Notes on vaccination in the North-West Frontier Province 1923-1928 - 1923-1928
Year: 1923
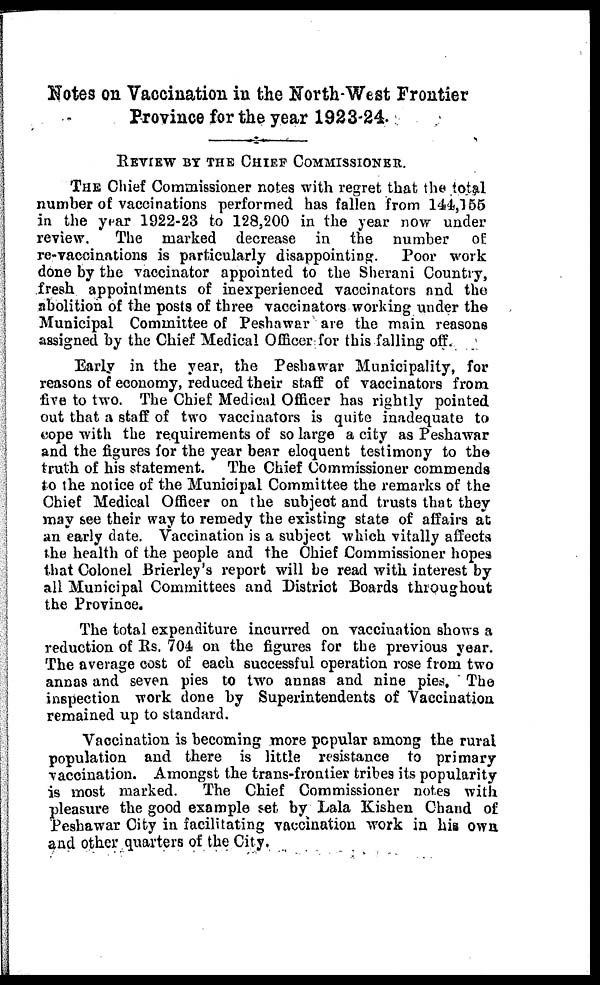
Notes on Vaccination in the North-West Frontier
Province for the year 1923-24.
REVIEW BY THE CHIEF COMMISSIONER.
THE Chief Commissioner notes with regret that the total
number of vaccinations performed has fallen from 144,155
in the year 1922-23 to 128,200 in the year now under
review.
The marked decrease in the number of
re-vaccinations is particularly disappointing. Poor work
done by the vaccinator appointed to the Sherani Country,
fresh appointments of inexperienced vaccinators and the
abolition of the posts of three vaccinators working under the
Municipal Committee of Peshawar are the main reasons
assigned by the Chief Medical Officer for this falling off.
Early in the year, the Peshawar Municipality, for
reasons of economy, reduced their staff of vaccinators from
five to two. The Chief Medical Officer has rightly pointed
out that a staff of two vaccinators is quite inadequate to
cope with the requirements of so large a city as Peshawar
and the figures for the year bear eloquent testimony to the
truth of his statement. The Chief Commissioner commends
to the notice of the Municipal Committee the remarks of the
Chief Medical Officer on the subject and trusts that they
may see their way to remedy the existing state of affairs at
an early date. Vaccination is a subject which vitally affects
the health of the people and the Chief Commissioner hopes
that Colonel Brierley's report will be read with interest by
all Municipal Committees and District Boards throughout
the Province.
The total expenditure incurred on vaccination shows a
reduction of Rs. 704 on the figures for the previous year
The average cost of each successful operation rose from two
annas and seven pies to two annas and nine pies. The
inspection work done by Superintendents of Vaccination
remained up to standard.
Vaccination is becoming more popular among the rural
population and there is little resistance to primary
vaccination. Amongst the trans-frontier tribes its popularity
is most marked.
The Chief Commissioner notes with
pleasure the good example set by Lala Kishen Chand of
Peshawar City in facilitating vaccination work in his own
and other quarters of the City.